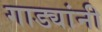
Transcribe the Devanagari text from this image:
गाड्यांनी